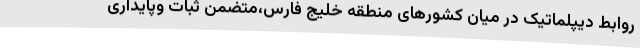
روابط دیپلماتیک در میان کشورهای منطقه خلیج فارس،متضمن ثبات وپایداری